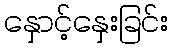
နှောင့်နှေးခြင်း